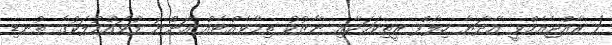
/ ރާއްޖެއެމްވީ އާދަޔާ ހިލާފް ރީތިކަމަކާއި ނާޒުކު ތިމާވެއްޓެއް އޮންނަ ފުވައްމުލަކުގެ ތުނޑި